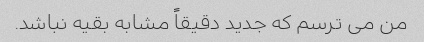
من می ترسم که جدید دقیقاً مشابه بقیه نباشد.